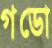
গডো